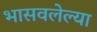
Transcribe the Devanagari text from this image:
भासवलेल्या